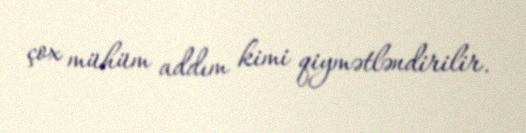
çox mühüm addım kimi qiymətləndirilir.